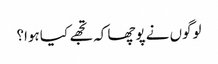
لوگوں نے پوچھا کہ تجھے کیا ہوا؟